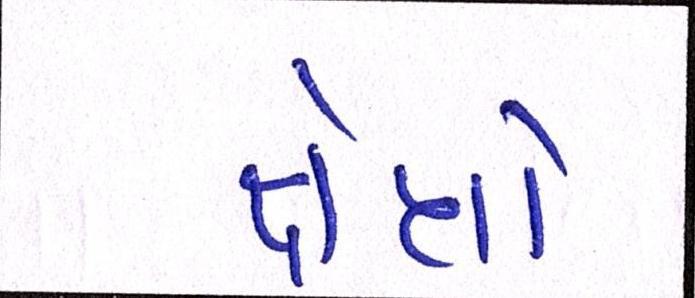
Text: ક્ષેત્રો